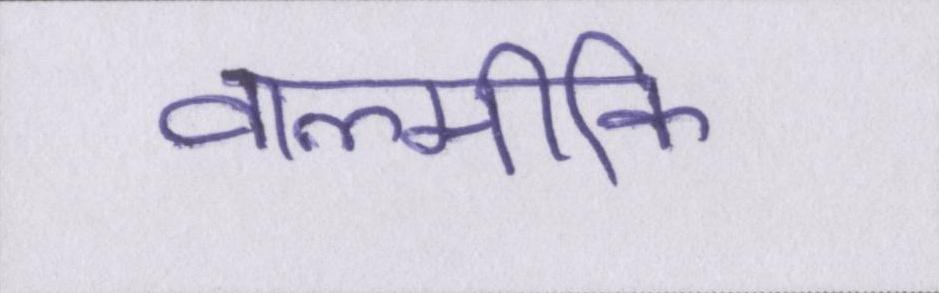
वाल्मीकि